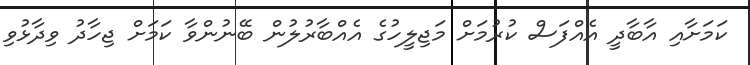
ކަމަށާއި އާބާދީ އެއްފަސް ކުރުމަށް މަޖިލީހުގެ އެއްބާރުލުން ބޭނުންވާ ކަމަށް ޖިހާދު ވިދާޅުވި